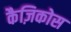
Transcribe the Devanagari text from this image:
कैज़िकोस